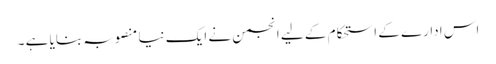
اس ادارے کے ا ستحکام کے لیے انجمن نے ایک نیا منصوبہ بنایا ہے ۔